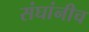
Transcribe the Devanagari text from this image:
संघांनीच